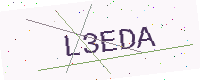
Text: L3EDA